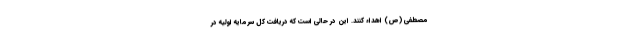
مصطفی (ص) اهداء کنند. این در حالی است که دریافت کل سرمایه اولیه در